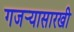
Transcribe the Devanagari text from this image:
गजर्‍यासारखी